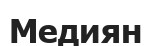
Медиян